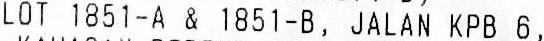
LOT 1851-A & 1851-B, JALAN KPB 6,